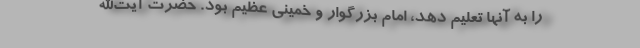
را به آنها تعلیم دهد، امام بزرگوار و خمینی عظیم بود. حضرت آیت‌الله